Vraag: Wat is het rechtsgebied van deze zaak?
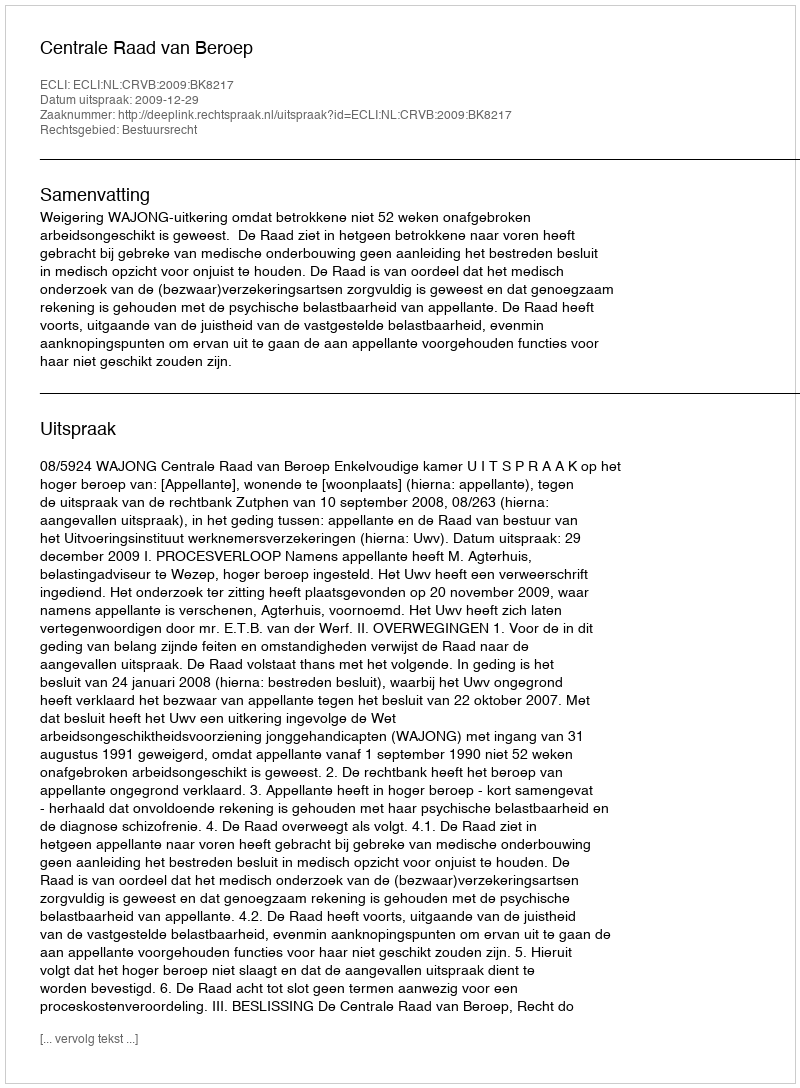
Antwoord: Bestuursrecht